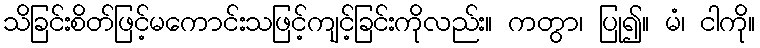
သိခြင်းစိတ်ဖြင့်မကောင်းသဖြင့်ကျင့်ခြင်းကိုလည်း။ ကတွာ၊ ပြု၍။ မံ၊ ငါကို။